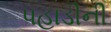
પહાડીની